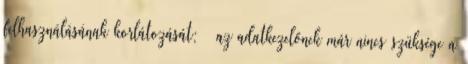
felhasználásának korlátozását; · az adatkezelőnek már nincs szüksége a